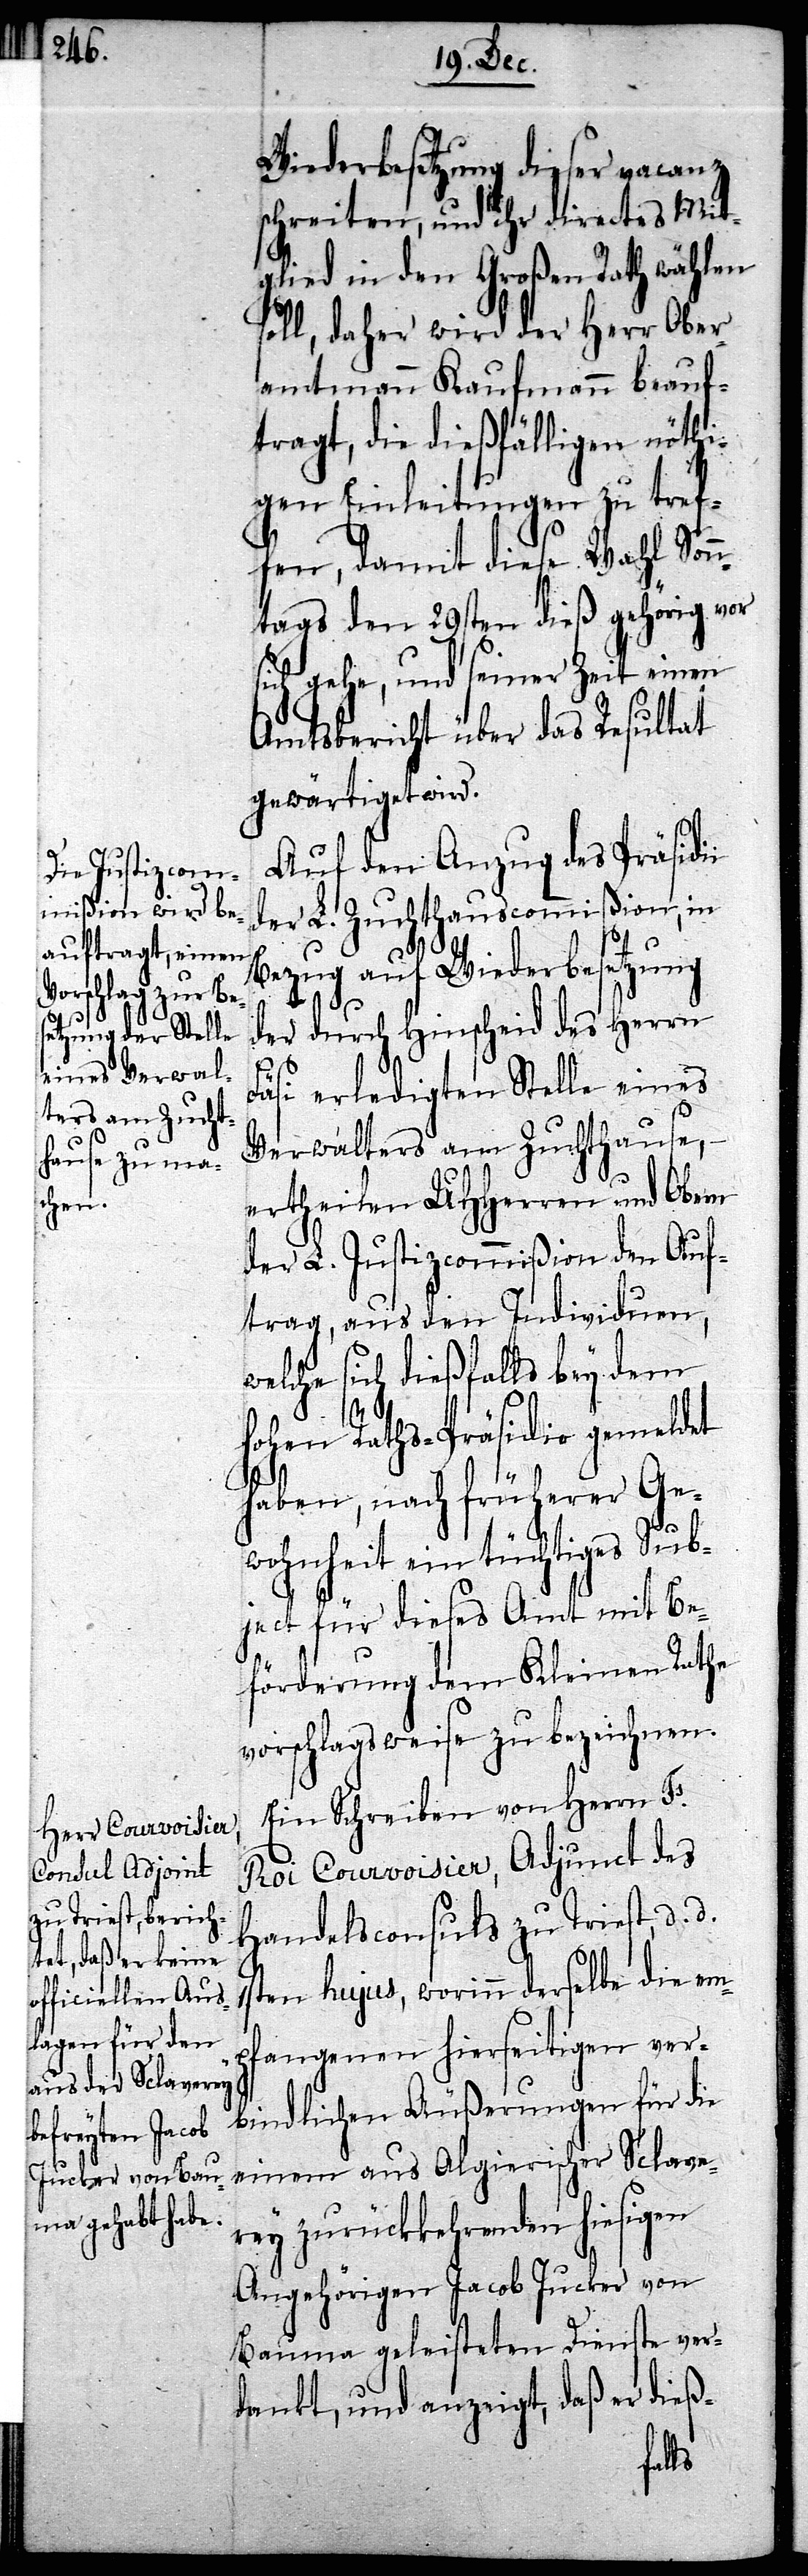
Wiederbesetzung dieser vacanz
schreiten, und ihr directes Mit¬
glied in den Großen Rath wählen
soll, daher wird der Herr Ober¬
amtmann Kaufmann beauf¬
tragt, die dießfälligen nöthi¬
gen Einleitungen zu tref¬
fen, damit diese Wahl Son¬
ntags den 29sten dieß gehörig vor
sich gehe, und seiner Zeit einen
Amtsbericht über das Resultat
gewärtiget wird.
Auf den Anzug des Präsidii
der L. Zuchthauscommißion, in
Bezug auf Wiederbesetzung
der durch Hinscheid des Herrn
Fäsi erledigten Stelle eines
Verwalters am Zuchthause,
ertheilen UHHerren und Obern
der L. Justizcommißion den Auf¬
trag, aus den Individuen,
welche sich dießfalls bey dem
Hohen Raths-Präsidio gemeldet
haben, nach früherer Ge¬
wohnheit ein tüchtiges Sub¬
ject für dieses Amt mit Be¬
förderung dem Kleinen Rathe
vorschlagsweise zu bezeichnen.
Ein Schreiben von Herrn F.
Roi Courvoisier, Adjunct des
Handelsconsuls zu Triest, d.
1sten hujus, worinn derselbe die em¬
pfangenen hierseitigen ver¬
bindlichen Äußerungen für die
einem aus Algierischer Sclave¬
rey zurückkehrenden hiesigen
Angehörigen Jacob Jucker von
Bauma geleisteten Dienste ver¬
dankt, und anzeigt, daß er dieß-